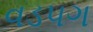
વડપગ